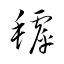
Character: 罅